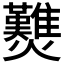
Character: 𤓉